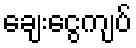
ချေးငွေကျပ်